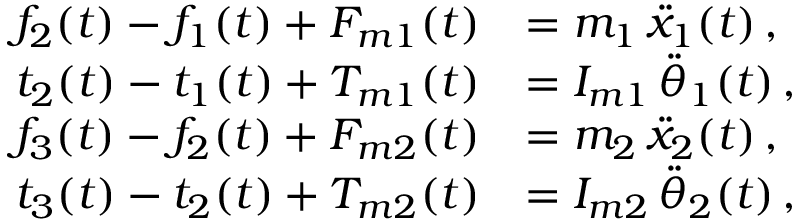
\begin{array} { r l } { f _ { 2 } ( t ) - f _ { 1 } ( t ) + F _ { m 1 } ( t ) } & { = m _ { 1 } \, \ddot { x } _ { 1 } ( t ) \, , } \\ { t _ { 2 } ( t ) - t _ { 1 } ( t ) + T _ { m 1 } ( t ) } & { = I _ { m 1 } \, \ddot { \theta } _ { 1 } ( t ) \, , } \\ { f _ { 3 } ( t ) - f _ { 2 } ( t ) + F _ { m 2 } ( t ) } & { = m _ { 2 } \, \ddot { x } _ { 2 } ( t ) \, , } \\ { t _ { 3 } ( t ) - t _ { 2 } ( t ) + T _ { m 2 } ( t ) } & { = I _ { m 2 } \, \ddot { \theta } _ { 2 } ( t ) \, , } \end{array}